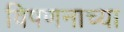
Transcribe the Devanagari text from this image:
विपणनाच्या